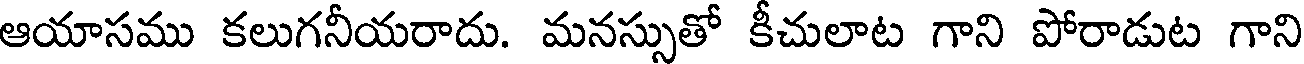
ఆయాసము కలుగనీయరాదు. మనస్సుతో కీచులాట గాని పోరాడుట గాని